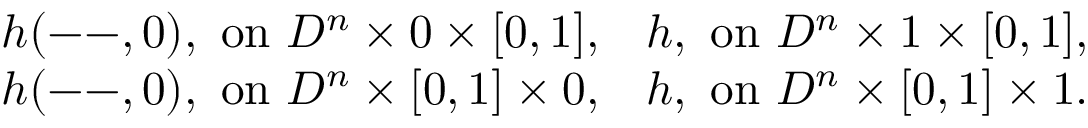
\begin{array} { r l r } & { h ( \mathrm { -- } , 0 ) , \mathrm { ~ o n ~ } D ^ { n } \times 0 \times [ 0 , 1 ] , } & { h , \mathrm { ~ o n ~ } D ^ { n } \times 1 \times [ 0 , 1 ] , } \\ & { h ( \mathrm { -- } , 0 ) , \mathrm { ~ o n ~ } D ^ { n } \times [ 0 , 1 ] \times 0 , } & { h , \mathrm { ~ o n ~ } D ^ { n } \times [ 0 , 1 ] \times 1 . } \end{array}